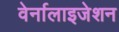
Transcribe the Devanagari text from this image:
वेर्नालाइजेशन